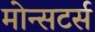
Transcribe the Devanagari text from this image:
मोन्सटर्स